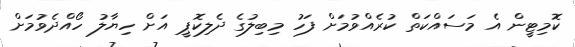
ކޮމިޓީން އެ މަސައްކަތް ކުރެއްވުމަށް ފަހު މިބިލުގެ ދެލިކޮޕީ އަށް ހިޔާލު ހޯއްދެވުމަށް